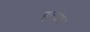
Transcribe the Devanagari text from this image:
इत्येषा